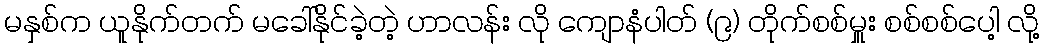
မနှစ်က ယူနိုက်တက် မခေါ်နိုင်ခဲ့တဲ့ ဟာလန်း လို ကျောနံပါတ် (၉) တိုက်စစ်မှူး စစ်စစ်ပေါ့ လို့